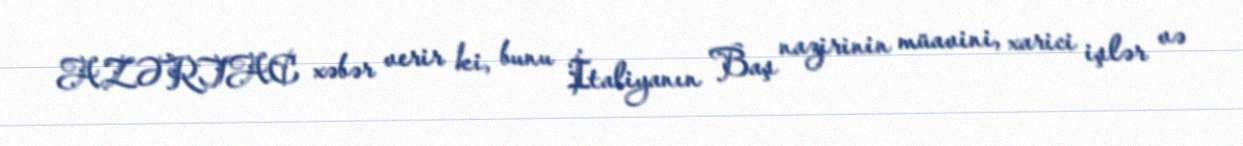
AZƏRTAC xəbər verir ki, bunu İtaliyanın Baş nazirinin müavini, xarici işlər və